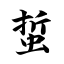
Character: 蜇